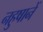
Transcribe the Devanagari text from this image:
नहुषानें